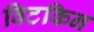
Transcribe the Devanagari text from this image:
विटकिन